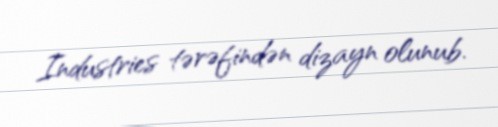
Industries tərəfindən dizayn olunub.